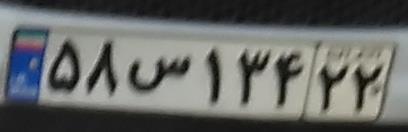
۵۸ص۱۳۴۲۲